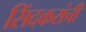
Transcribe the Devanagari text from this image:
सिंदकरांची